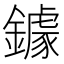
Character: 鐻